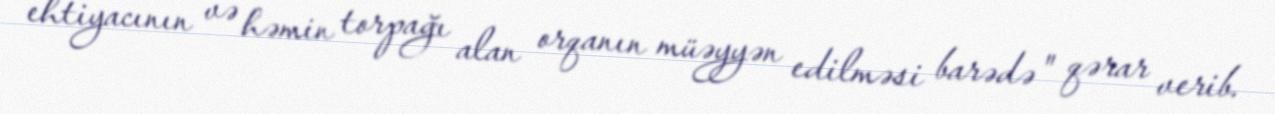
ehtiyacının və həmin torpağı alan orqanın müəyyən edilməsi barədə" qərar verib.